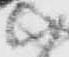
尉